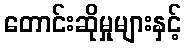
တောင်းဆိုမှုများနှင့်